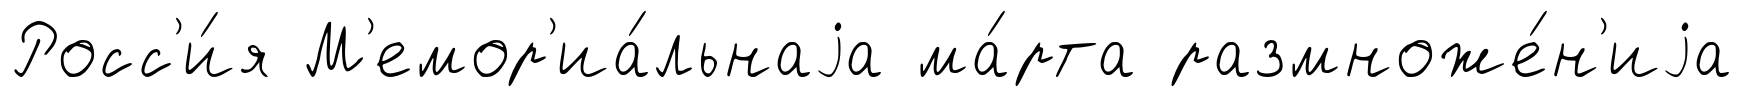
Росс'и́я М'емор'иа́льнаjа ма́рта размноже́н'иjа